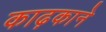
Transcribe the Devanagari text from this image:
काढ़काने